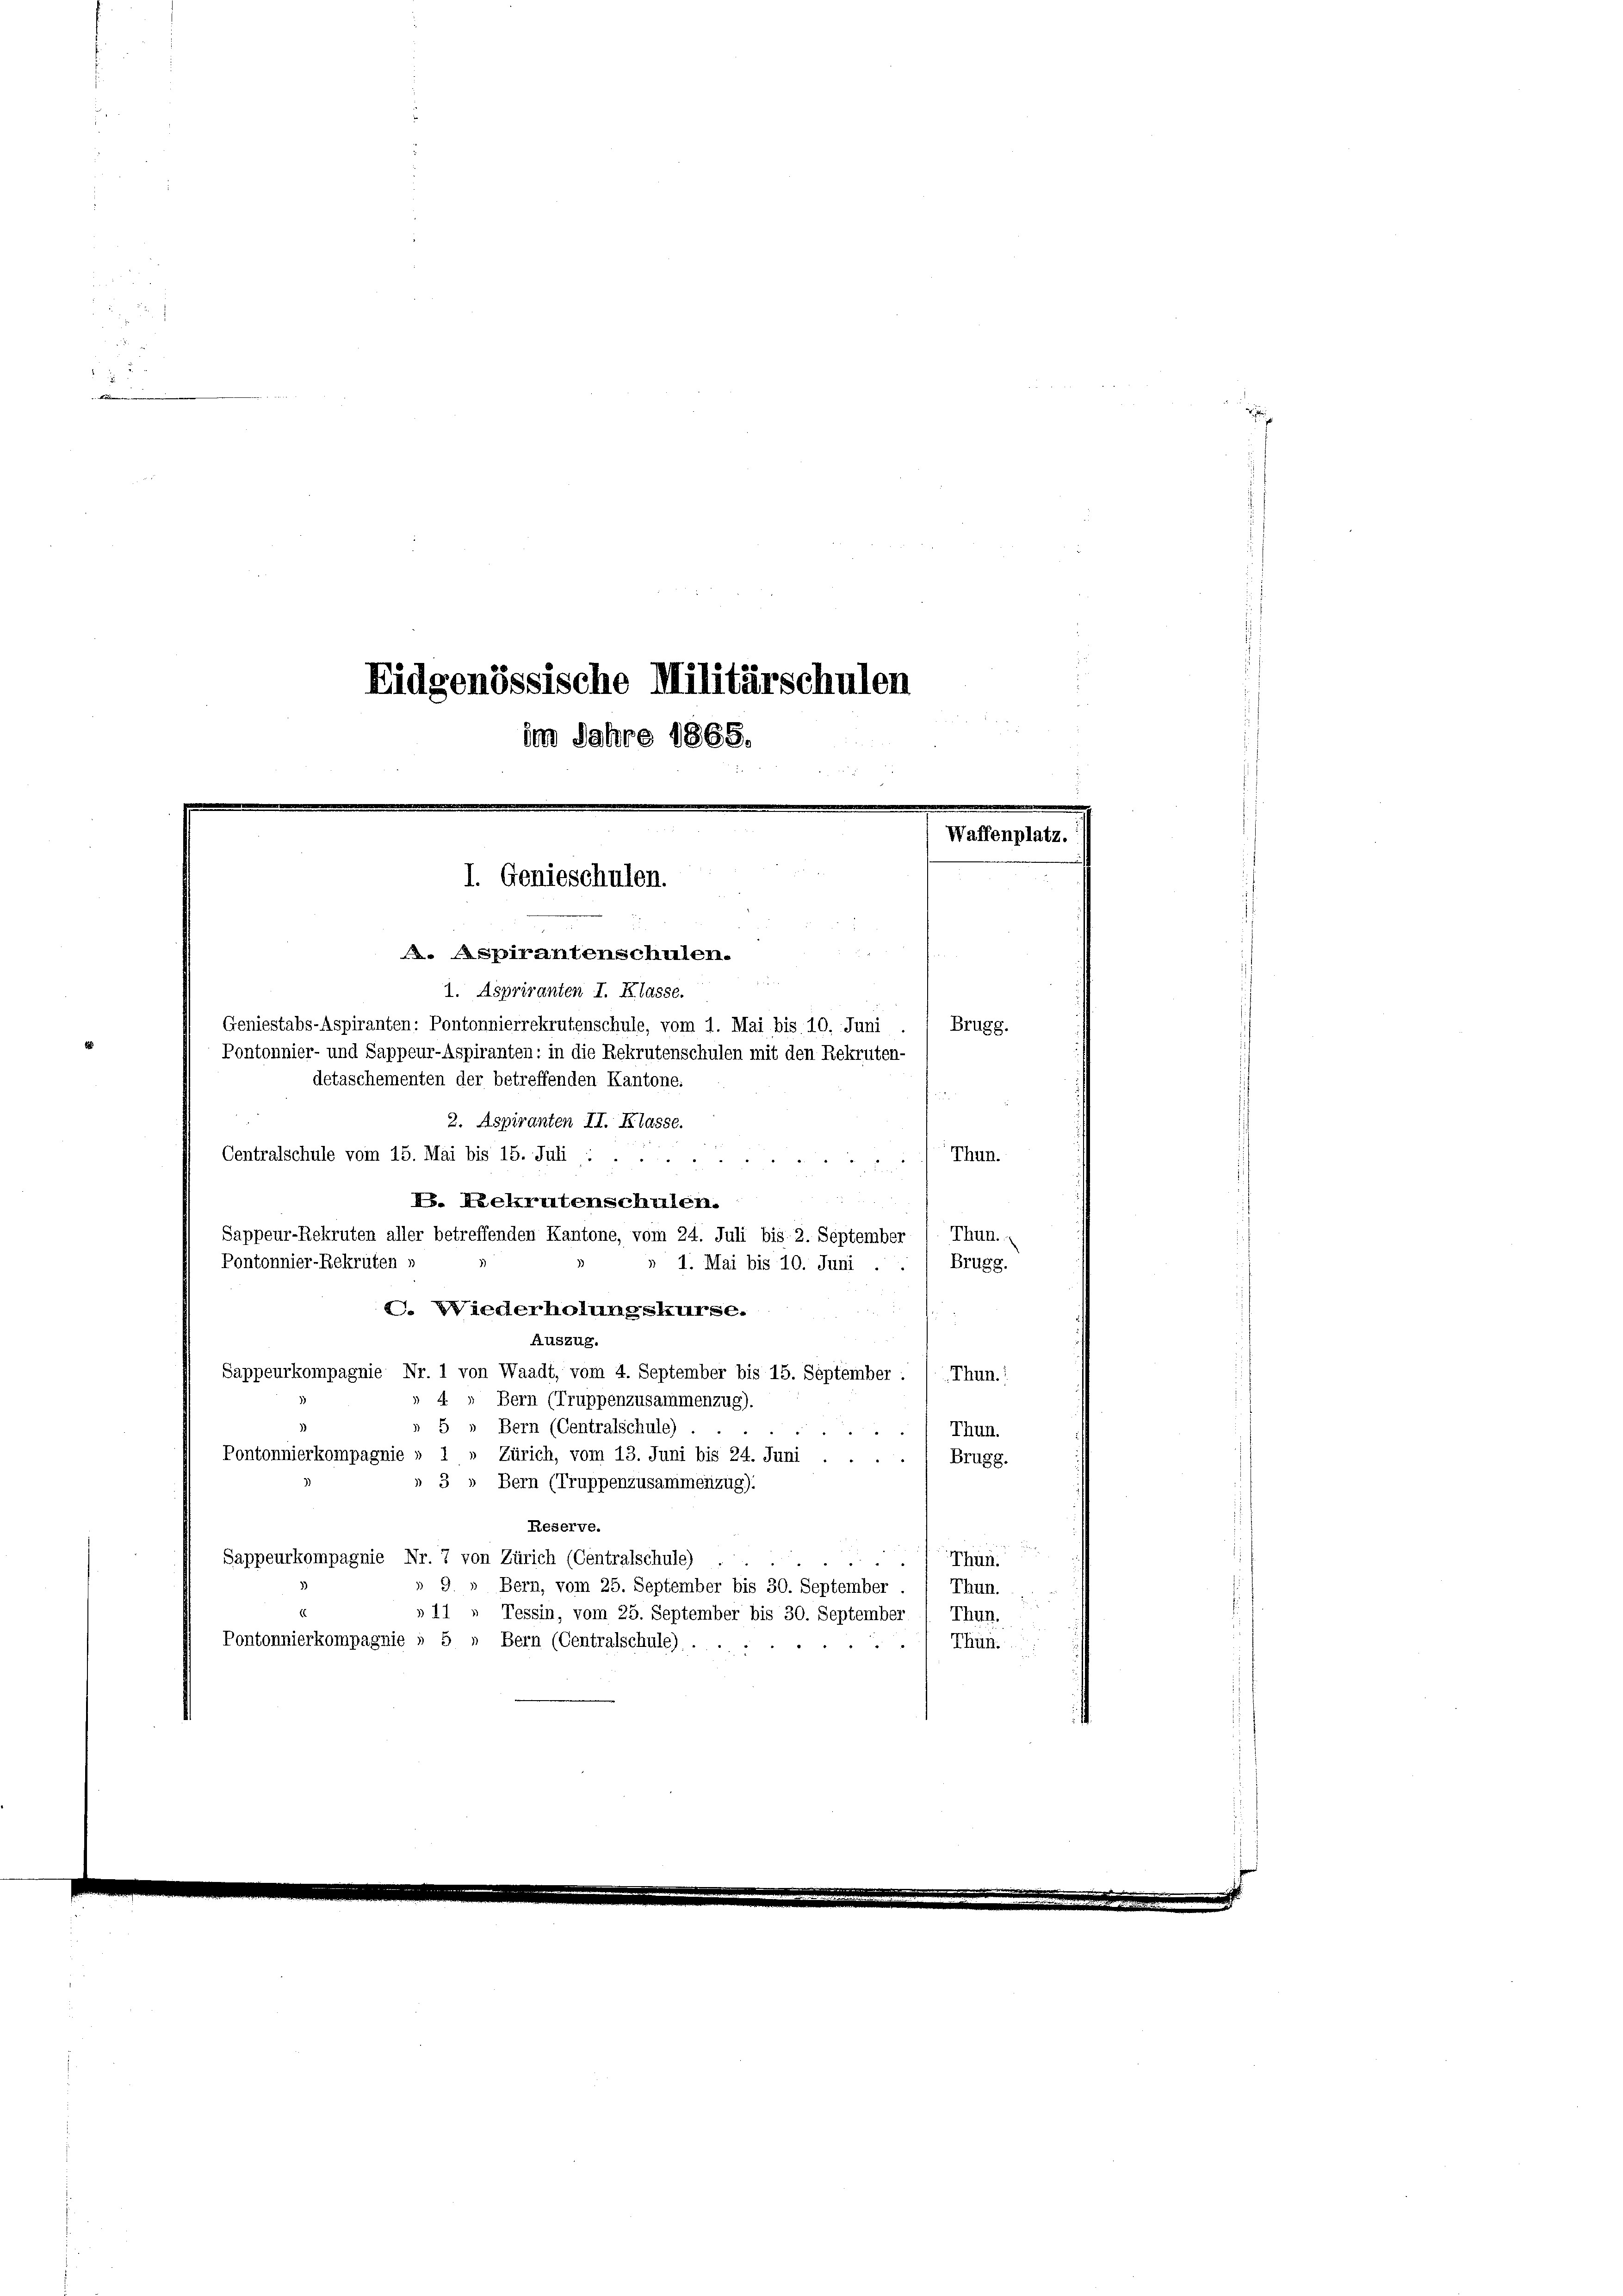
Eidgenössische Militärschulen
im Jahre 1865.

I. Genieschulen.
. Aspirantenschulen.
1. Asprivanten I. Klasse.

detaschementen der betreffenden Kantone.

Waffenplatz.

Geniestabs-Aspiranten: Pontonnierrekrutenschule, vom 1. Mai bis 10. Juni
Pontonnier- und Sappeur-Aspiranten: in die Rekrutenschulen mit den Rekruten-
2. Aspiranten II. Klasse.
Centralschule vom 15. Mai bis 15. Juli
Thun.
P. Rekrutenschulen.
Sappeur-Rekruten aller betreffenden Kantone, vom 24. Juli bis 2. September ( Thun.
Pontonnier-Rekruten v
» 1. Mai bis 10. Juni .
Brugg.
C. Wiederholungskurse.
Auszug.
Sappeurkompagnie Nr. 1 von Waadt, vom 4. September bis 15. September :
Thun.
» 4 » Bern (Truppenzusammenzug).
» 5 » Bern (Centralschule) .
Thun.
Pontonnierkompagnie » 1 » Zürich, vom 13. Juni bis 24. Juni . . . . 1 Brugg.
» 3 „ Bern (Truppenzusammenzug).
Reserve.
.
Sappeurkompagnie Nr. 7 von Zürich (Centralschule)
Thun.
u
» 9. » Bern, vom 25. September bis 30. September . 1 Thun.
»11 » Tessin, vom 25. September bis 30. September / Thun.
Pontonnierkompagnie » 5 „ Bern (Centralschule) ....
Thun.

Brugg.